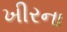
ખીરના